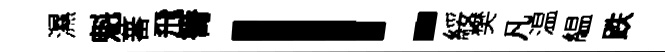
濕魁蕃飛箐！綏樊凡温緼跌